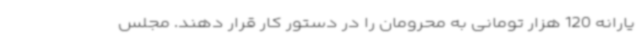
یارانه 120 هزار تومانی به محرومان را در دستور کار قرار دهند. مجلس